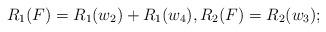
LaTeX: \begin{align*}R_1(F)=R_1(w_2)+R_1(w_4), R_2(F)=R_2(w_3);\end{align*}